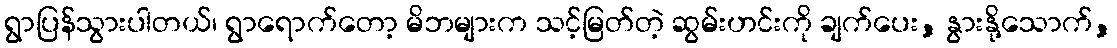
ရွာပြန်သွားပါတယ်၊ ရွာရောက်တော့ မိဘများက သင့်မြတ်တဲ့ ဆွမ်းဟင်းကို ချက်ပေး, နွားနို့သောက်,